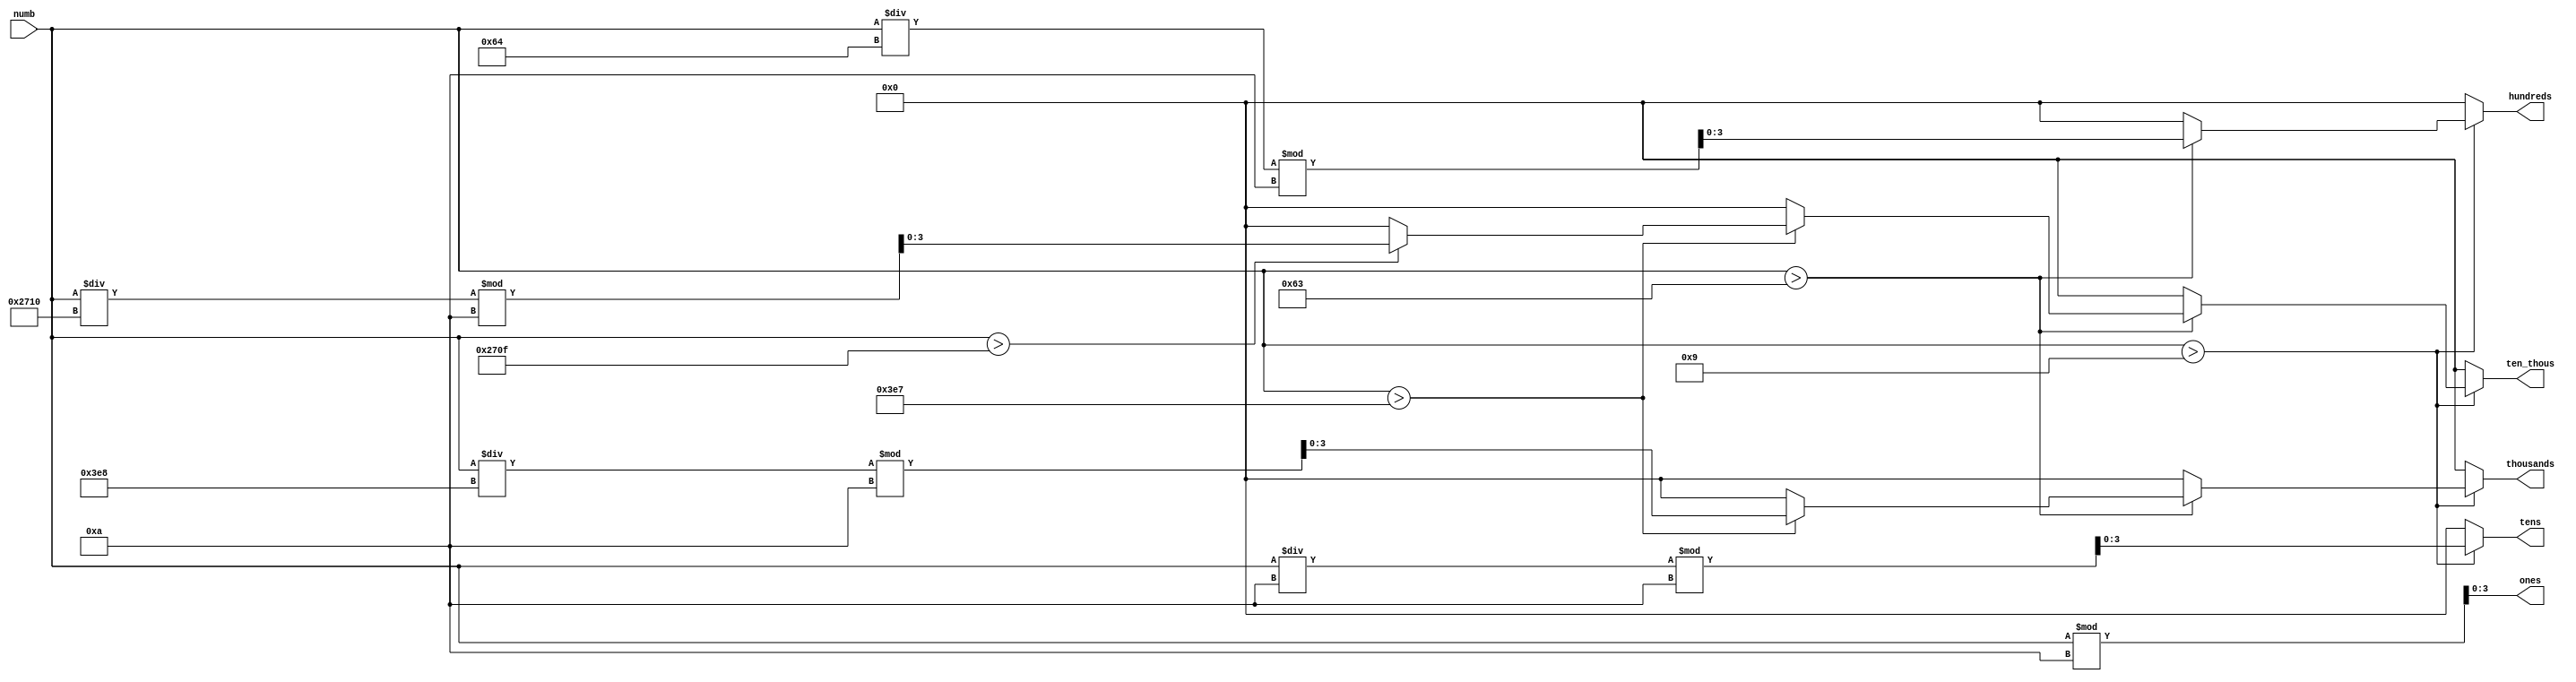
/*
Author: Spence Johnston
Module: binary to BCD converter
Purpose: 
		driver for multi-number seven-segment display. input a number, 
		outputs BCD broken up by digits. works up to 5 digits.
*/

module bin_to_bcd (
	input [15:0] numb,
	output reg [3:0] ones, tens, hundreds, thousands, ten_thous
);

always @ ( * )
begin

	ones = numb % 10; 

	if ( numb > 9 )
	begin
		tens = ( numb / 16'd10 ) % 16'd10;		
		if ( numb > 16'd99 )
		begin
			hundreds = ( numb / 16'd100 ) % 16'd10;		
			if ( numb > 16'd999 )
			begin
				thousands = ( numb / 16'd1000 ) % 16'd10;
					if ( numb > 16'd9999 )
						ten_thous = ( numb / 16'd10000 ) % 16'd10;
					else
						ten_thous = 4'd0;			
			end			
			else
			begin
				thousands = 4'd0;
				ten_thous = 4'd0;
			end
		end
		else
		begin
			hundreds = 4'd0;
			thousands = 4'd0;
			ten_thous = 4'd0;
		end		
		end
	else
	begin
		tens = 4'd0;
		hundreds = 4'd0;
		thousands = 4'd0;
		ten_thous = 4'd0;
	end
	
end

endmodule